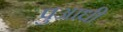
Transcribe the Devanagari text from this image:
पुआधी